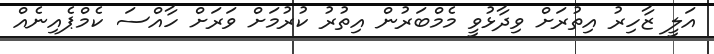
އަލީ ޒާހިރު އިތުރަށް ވިދާޅުވީ މެމްބަރުން އިތުރު ކުރުމަށް ވަރަށް ހާއްސަ ކެމްޕެއިނެއް